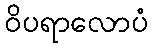
ဝိပရာလောပံ